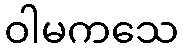
ဝါမကသေ